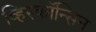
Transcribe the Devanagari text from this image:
व्हिस्कॉन्सिन